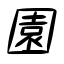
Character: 園